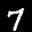
Label: 7